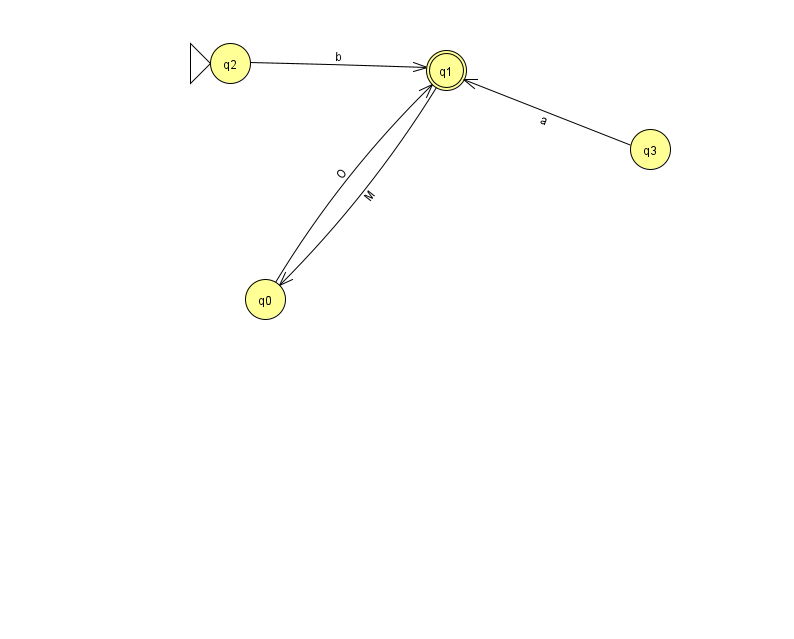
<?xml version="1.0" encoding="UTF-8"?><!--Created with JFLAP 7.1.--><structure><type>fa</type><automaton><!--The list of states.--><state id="0" name="q0"><x>265.0</x><y>286.0</y></state><state id="1" name="q1"><x>446.0</x><y>57.0</y><final/></state><state id="2" name="q2"><x>230.0</x><y>50.0</y><initial/></state><state id="3" name="q3"><x>650.0</x><y>136.0</y></state><!--The list of transitions.--><transition><from>3</from><to>1</to><read>a</read></transition><transition><from>2</from><to>1</to><read>b</read></transition><transition><from>1</from><to>0</to><read>M</read></transition><transition><from>0</from><to>1</to><read>O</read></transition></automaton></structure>